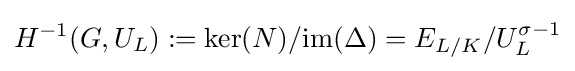
H^{-1}(G,U_{L}):=\ker(N)/\mathrm {im} (\Delta )=E_{L/K}/U_{L}^{\sigma -1}